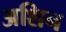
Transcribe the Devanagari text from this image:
अशिन